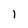
Character: 1